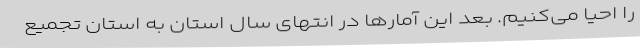
را احیا می‌کنیم. بعد این آمارها در انتهای سال استان به استان تجمیع